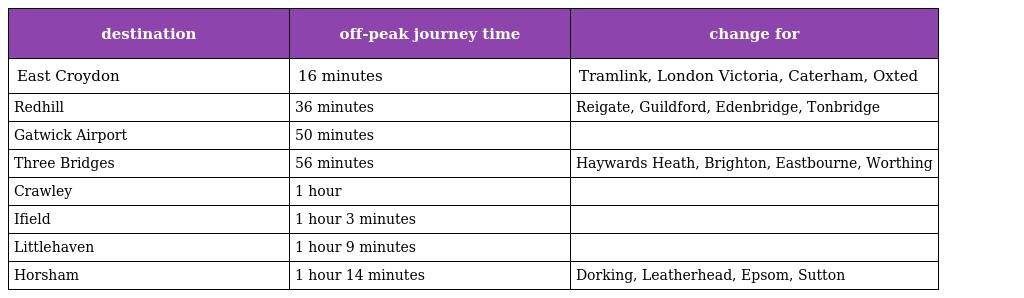
| destination | off-peak journey time | change for |
 | --- | --- | --- |
 | East Croydon | 16 minutes | Tramlink, London Victoria, Caterham, Oxted |
 | Redhill | 36 minutes | Reigate, Guildford, Edenbridge, Tonbridge |
 | Gatwick Airport | 50 minutes |  |
 | Three Bridges | 56 minutes | Haywards Heath, Brighton, Eastbourne, Worthing |
 | Crawley | 1 hour |  |
 | Ifield | 1 hour 3 minutes |  |
 | Littlehaven | 1 hour 9 minutes |  |
 | Horsham | 1 hour 14 minutes | Dorking, Leatherhead, Epsom, Sutton |